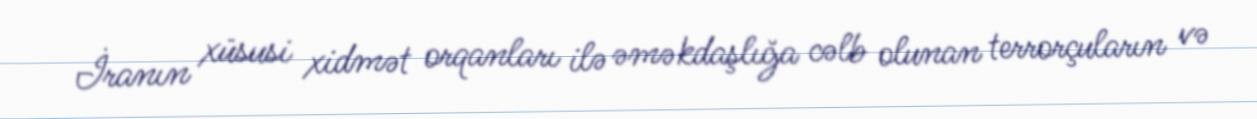
İranın xüsusi xidmət orqanları ilə əməkdaşlığa cəlb olunan terrorçuların və